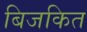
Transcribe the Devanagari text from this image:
बिजकित